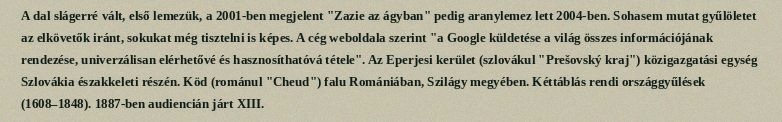
A dal slágerré vált, első lemezük, a 2001-ben megjelent "Zazie az ágyban" pedig aranylemez lett 2004-ben. Sohasem mutat gyűlöletet az elkövetők iránt, sokukat még tisztelni is képes. A cég weboldala szerint "a Google küldetése a világ összes információjának rendezése, univerzálisan elérhetővé és hasznosíthatóvá tétele". Az Eperjesi kerület (szlovákul "Prešovský kraj") közigazgatási egység Szlovákia északkeleti részén. Köd (románul "Cheud") falu Romániában, Szilágy megyében. Kéttáblás rendi országgyűlések (1608–1848). 1887-ben audiencián járt XIII.